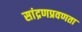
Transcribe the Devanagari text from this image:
सांद्रणप्रवणता